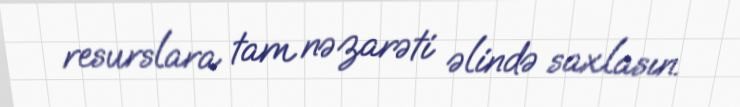
resurslara tam nəzarəti əlində saxlasın.